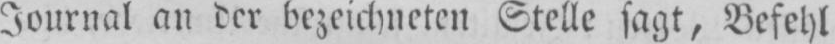
Journal an der bezeichneten Stelle sagt, Befehl